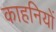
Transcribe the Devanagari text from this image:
काहनियों